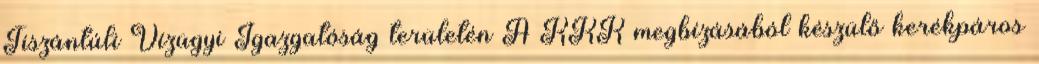
Tiszántúli Vízügyi Igazgatóság területén A KKK megbízásából készülő kerékpáros